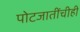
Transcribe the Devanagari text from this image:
पोटजातींचीही